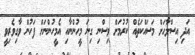
އަދި އިސްލާޙަށް މަސައްކަތެއް ކުރުމަށް ވިސްނި ގިނަ މީހުންނާއި އެމީހުންނަށް ފަހުން ވާގިވެރިވީ